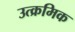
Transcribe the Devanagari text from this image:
उत्क्रमिक